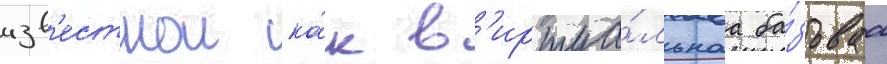
изв'естнои ка́к в'иртуа́льнаа ба́зоваа